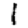
Digit: 1